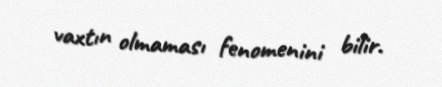
vaxtın olmaması fenomenini bilir.